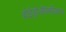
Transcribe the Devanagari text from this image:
होईड्रोऑक्सीकरण